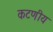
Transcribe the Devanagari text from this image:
कटणीय